Indian journal of veterinary science and animal husbandry - Volume 11,
Year: 1941
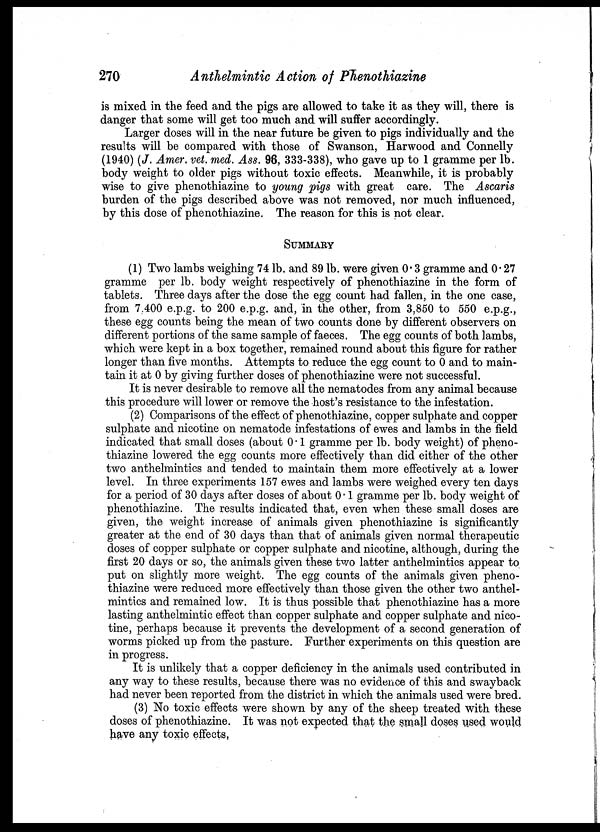
270
Anthelmintic Action of Phenothiazine
is mixed in the feed and the pigs are allowed to take it as they will, there is
danger that some will get too much and will suffer accordingly.
Larger doses will in the near future be given to pigs individually and the
results will be compared with those of Swanson, Harwood and Connelly
(1940) (J. Amer. vet. med. Ass. 96, 333-338), who gave up to 1 gramme per lb.
body weight to older pigs without toxic effects. Meanwhile, it is probably
wise to give phenothiazine to young pigs with great care. The Ascaris
burden of the pigs described above was not removed, nor much influenced,
by this dose of phenothiazine. The reason for this is not clear.
SUMMARY
(1) Two lambs weighing 74 lb. and 89 lb. were given 0.3 gramme and 0.27
gramme per lb. body weight respectively of phenothiazine in the form of
tablets. Three days after the dose the egg count had fallen, in the one case,
from 7.400 e.p.g. to 200 e.p.g. and, in the other, from 3,850 to 550 e.p.g.,
these egg counts being the mean of two counts done by different observers on
different portions of the same sample of faeces. The egg counts of both lambs,
which were kept in a box together, remained round about this figure for rather
longer than five months. Attempts to reduce the egg count to 0 and to main-
tain it at 0 by giving further doses of phenothiazine were not successful.
It is never desirable to remove all the nematodes from any animal because
this procedure will lower or remove the host's resistance to the infestation.
(2) Comparisons of the effect of phenothiazine, copper sulphate and copper
sulphate and nicotine on nematode infestations of ewes and lambs in the field
indicated that small doses (about 0.1 gramme per lb. body weight) of pheno-
thiazine lowered the egg counts more effectively than did either of the other
two anthelmintics and tended to maintain them more effectively at a lower
level. In three experiments 157 ewes and lambs were weighed every ten days
for a period of 30 days after doses of about 0.1 gramme per lb. body weight of
phenothiazine. The results indicated that, even when these small doses are
given, the weight increase of animals given phenothiazine is significantly
greater at the end of 30 days than that of animals given normal therapeutic
doses of copper sulphate or copper sulphate and nicotine, although, during the
first 20 days or so, the animals given these two latter anthelmintics appear to
put on slightly more weight. The egg counts of the animals given pheno-
thiazine were reduced more effectively than those given the other two anthel-
mintics and remained low. It is thus possible that phenothiazine has a more
lasting anthelmintic effect than copper sulphate and copper sulphate and nico-
tine, perhaps because it prevents the development of a second generation of
worms picked up from the pasture. Further experiments on this question are
in progress.
It is unlikely that a copper deficiency in the animals used contributed in
any way to these results, because there was no evidence of this and swayback
had never been reported from the district in which the animals used were bred.
(3) No toxic effects were shown by any of the sheep treated with these
doses of phenothiazine. It was not expected that the small doses used would
have any toxic effects,